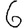
Digit: 6